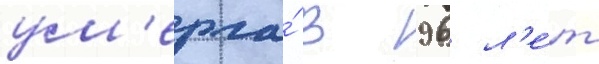
ум'ерла́ в 96 л'е́т